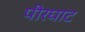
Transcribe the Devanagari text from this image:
पीरघाट